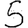
Digit: 5